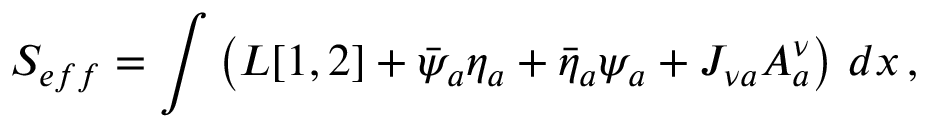
S _ { e f f } = \int \left( { \cal L } [ 1 , 2 ] + \bar { \psi } _ { a } \eta _ { a } + \bar { \eta } _ { a } \psi _ { a } + J _ { \nu a } A _ { a } ^ { \nu } \right) \, d x \, ,